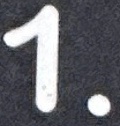
1.